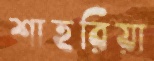
শাহরিয়া